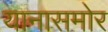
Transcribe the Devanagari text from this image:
यानासमोर